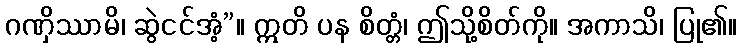
ဂဏှိဿာမိ၊ ဆွဲငင်အံ့”။ ဣတိ ပန စိတ္တံ၊ ဤသို့စိတ်ကို။ အကာသိ၊ ပြု၏။